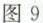
图9